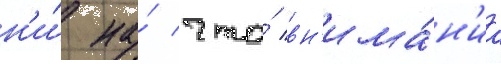
н'и́ на́ что́ вн'има́н'иа